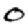
Digit: 0